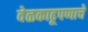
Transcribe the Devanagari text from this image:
वेळकाढूपणाचे